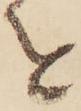
を